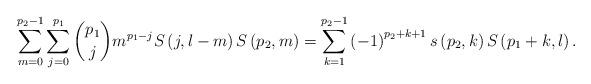
LaTeX: \begin{align*}\sum_{m=0}^{p_{2}-1}\sum_{j=0}^{p_{1}}\binom{p_{1}}{j}m^{p_{1}-j}S\left(j,l-m\right) S\left( p_{2},m\right) =\sum_{k=1}^{p_{2}-1}\left( -1\right)^{p_{2}+k+1}s\left( p_{2},k\right) S\left( p_{1}+k,l\right) . \end{align*}